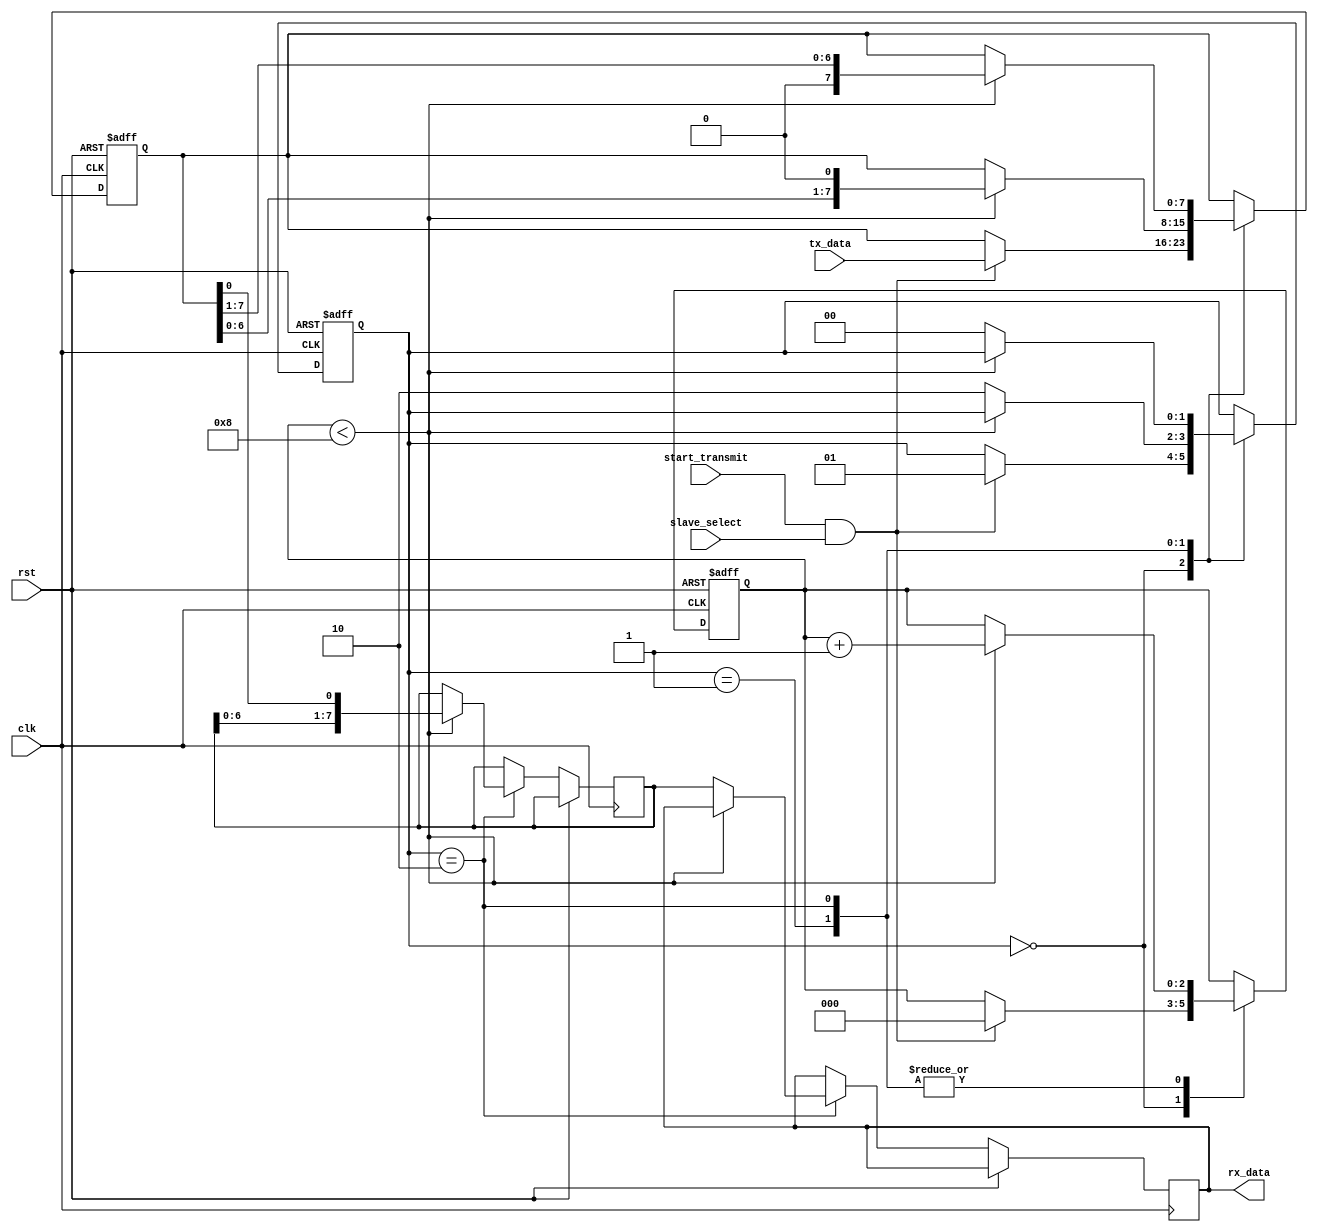
module spi_master(
    input wire clk,
    input wire rst,
    input wire start_transmit,
    input wire slave_select,
    input wire [7:0] tx_data,
    output reg [7:0] rx_data
);

// Define state machine states
parameter IDLE = 2'b00;
parameter SHIFT_OUT = 2'b01;
parameter SHIFT_IN = 2'b10;

// Define state machine signals
reg [1:0] state;
reg [7:0] shift_reg;
reg [2:0] bit_count;

// Define shift register outputs
reg [7:0] tx_data_reg;
reg [7:0] rx_data_reg;

// Define clock divider signals
reg clk_div;

always @(posedge clk or posedge rst) begin
    if (rst) begin
        state <= IDLE;
        shift_reg <= 8'b0;
        bit_count <= 3'b0;
        clk_div <= 1'b0;
    end else begin
        case (state)
            IDLE: begin
                if (start_transmit && slave_select) begin
                    state <= SHIFT_OUT;
                    tx_data_reg <= tx_data;
                    shift_reg <= tx_data;
                    bit_count <= 3'b0;
                end
            end
            SHIFT_OUT: begin
                if (bit_count < 8) begin
                    shift_reg <= {shift_reg[6:0], 1'b0};
                    bit_count <= bit_count + 1;
                end else begin
                    state <= SHIFT_IN;
                end
            end
            SHIFT_IN: begin
                if (bit_count < 8) begin
                    shift_reg <= {1'b0, shift_reg[7:1]};
                    rx_data_reg <= {rx_data_reg[6:0], shift_reg[0]};
                    bit_count <= bit_count + 1;
                end else begin
                    state <= IDLE;
                    rx_data <= rx_data_reg;
                end
            end
        endcase
    end
end

// Clock divider
always @(posedge clk) begin
    clk_div <= ~clk_div;
end

endmodule